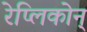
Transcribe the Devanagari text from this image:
रेप्लिकोन्